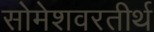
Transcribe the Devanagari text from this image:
सोमेशवरतीर्थ